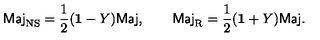
\mathrm { \sf M a j } _ { \mathrm { N S } } = \frac { 1 } { 2 } ( { \bf 1 } - Y ) \mathrm { \sf M a j } , \qquad \mathrm { \sf M a j } _ { \mathrm { R } } = \frac { 1 } { 2 } ( { \bf 1 } + Y ) \mathrm { \sf M a j } .